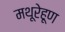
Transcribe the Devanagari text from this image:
मथूरेहूण